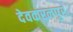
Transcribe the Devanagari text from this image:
देवकरनपुर